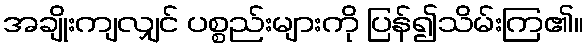
အချိုးကျလျှင် ပစ္စည်းများကို ပြန်၍သိမ်းကြ၏။